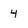
Character: 4